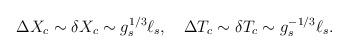
LaTeX: \begin{align*}\Delta X_c \sim \delta X_c \sim g_s^{1/3}\ell_s , \quad \Delta T_c \sim \delta T_c \sim g_s^{-1/3}\ell_s .\end{align*}